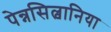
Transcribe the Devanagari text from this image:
पेन्नसिल्वानिया